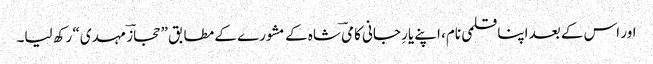
اور اس کے بعد اپنا قلمی نام، اپنے یارِ جانی کامیؔ شاہ کے مشورے کے مطابق ”حجازؔ مہدی“ رکھ لیا۔